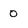
Character: 0